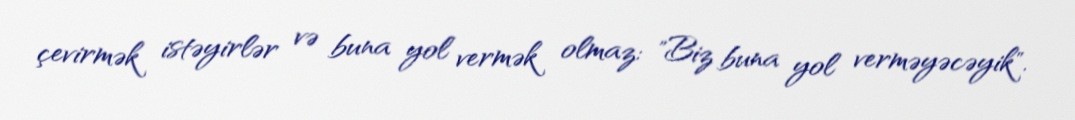
çevirmək istəyirlər və buna yol vermək olmaz: "Biz buna yol verməyəcəyik".